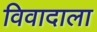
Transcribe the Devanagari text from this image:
विवादाला